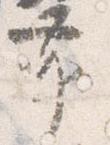
帯